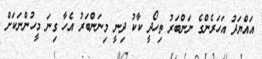
އައްޔަދު އަހަރެންގެ ނަންބަރު ތިހޯދީ ކާކު ދިނީ މިނަންބަރު އެހާ ގިނަ މީހުންނަކަށް